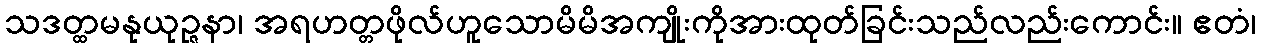
သဒတ္ထမနုယုဉ္ဇနာ၊ အရဟတ္တဖိုလ်ဟူသောမိမိအကျိုးကိုအားထုတ်ခြင်းသည်လည်းကောင်း။ ဧတံ၊